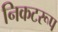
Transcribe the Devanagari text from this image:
निकटरूप